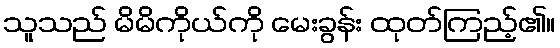
သူသည် မိမိကိုယ်ကို မေးခွန်း ထုတ်ကြည့်၏။